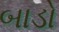
બાડો